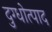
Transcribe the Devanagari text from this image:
दुग्धोत्पाद